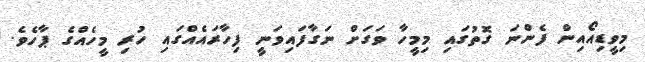
މިވީޑިއޯއިން ފެންނަ ގޮތުގައި މިމީހާ ވަގަށް ނަގާފައިވަނީ ފިހާރައެއްގައި ހުރި މީހެއްގެ ޕާހެވެ.